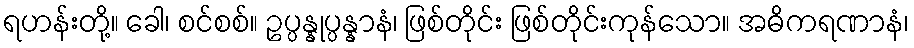
ရဟန်းတို့။ ခေါ၊ စင်စစ်။ ဥပ္ပန္နုပ္ပန္နာနံ၊ ဖြစ်တိုင်း ဖြစ်တိုင်းကုန်သော။ အဓိကရဏာနံ၊